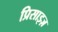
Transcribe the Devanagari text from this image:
प्रिसाइज़